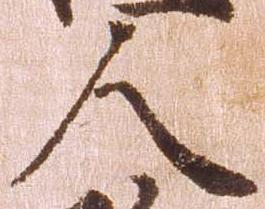
人